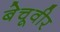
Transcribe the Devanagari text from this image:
बेचूवीर